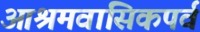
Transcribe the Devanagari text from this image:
आश्रमवासिकपर्व